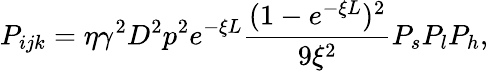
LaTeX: P_{ijk}=\eta\gamma^{2}D^{2}p^{2}e^{-\xi L}\frac{(1-e^{-\xi L})^{2}}{9\xi^{2}}P_{s}P_{l}P_{h},